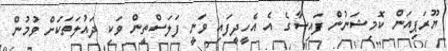
ޔޫރަޕިއަން ކޮމިޝަނުން ފައިސާގެ އެ އެހީދީފައި ވަނީ ފަލަސްތީން ވަކި ދައުލަތަކަށް ވުމުން